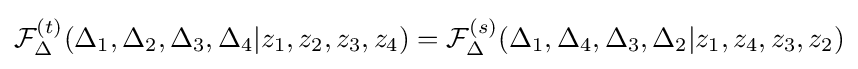
{\mathcal {F}}_{\Delta }^{(t)}(\Delta _{1},\Delta _{2},\Delta _{3},\Delta _{4}|z_{1},z_{2},z_{3},z_{4})={\mathcal {F}}_{\Delta }^{(s)}(\Delta _{1},\Delta _{4},\Delta _{3},\Delta _{2}|z_{1},z_{4},z_{3},z_{2})